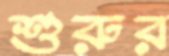
শুরুর